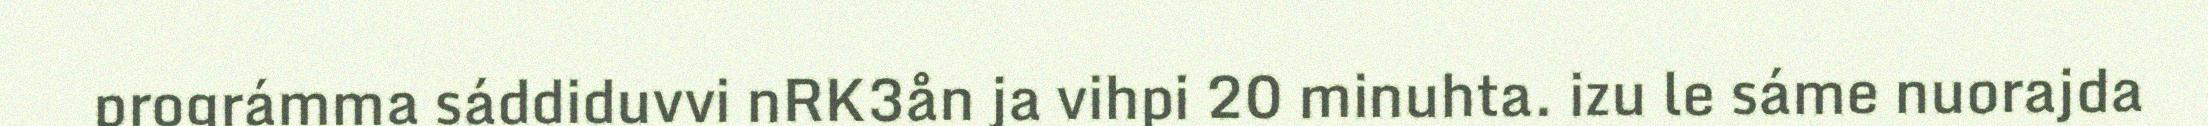
prográmma sáddiduvvi nRK3ån ja vihpi 20 minuhta. izu le sáme nuorajda